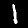
Digit: 1